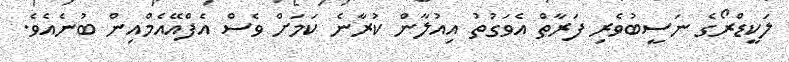
ލަކީޑްރޯގެ ނަސީބުވެރި ފަރާތް އެވަގުތު އިއުލާން ކުރާނެ ކަމަށް ވެސް އެފްއޭއެމްއިން ބުނެއެވެ.